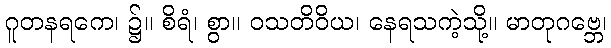
ဂူတနရကေ၊ ၌။ စိရံ၊ စွာ။ ဝသတိဝိယ၊ နေရသကဲ့သို့။ မာတုဂဗ္ဘေ၊